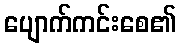
ပျောက်ကင်းစေ၏